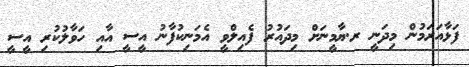
ފަޅާއަރަމުން މިދަނީ ރ.ޔާމީނަށް މިދައުރު ފެއިލްވީ އެމަނިކުފާނު އީސީ އާއި ހަވާލުކުރި އީސީ